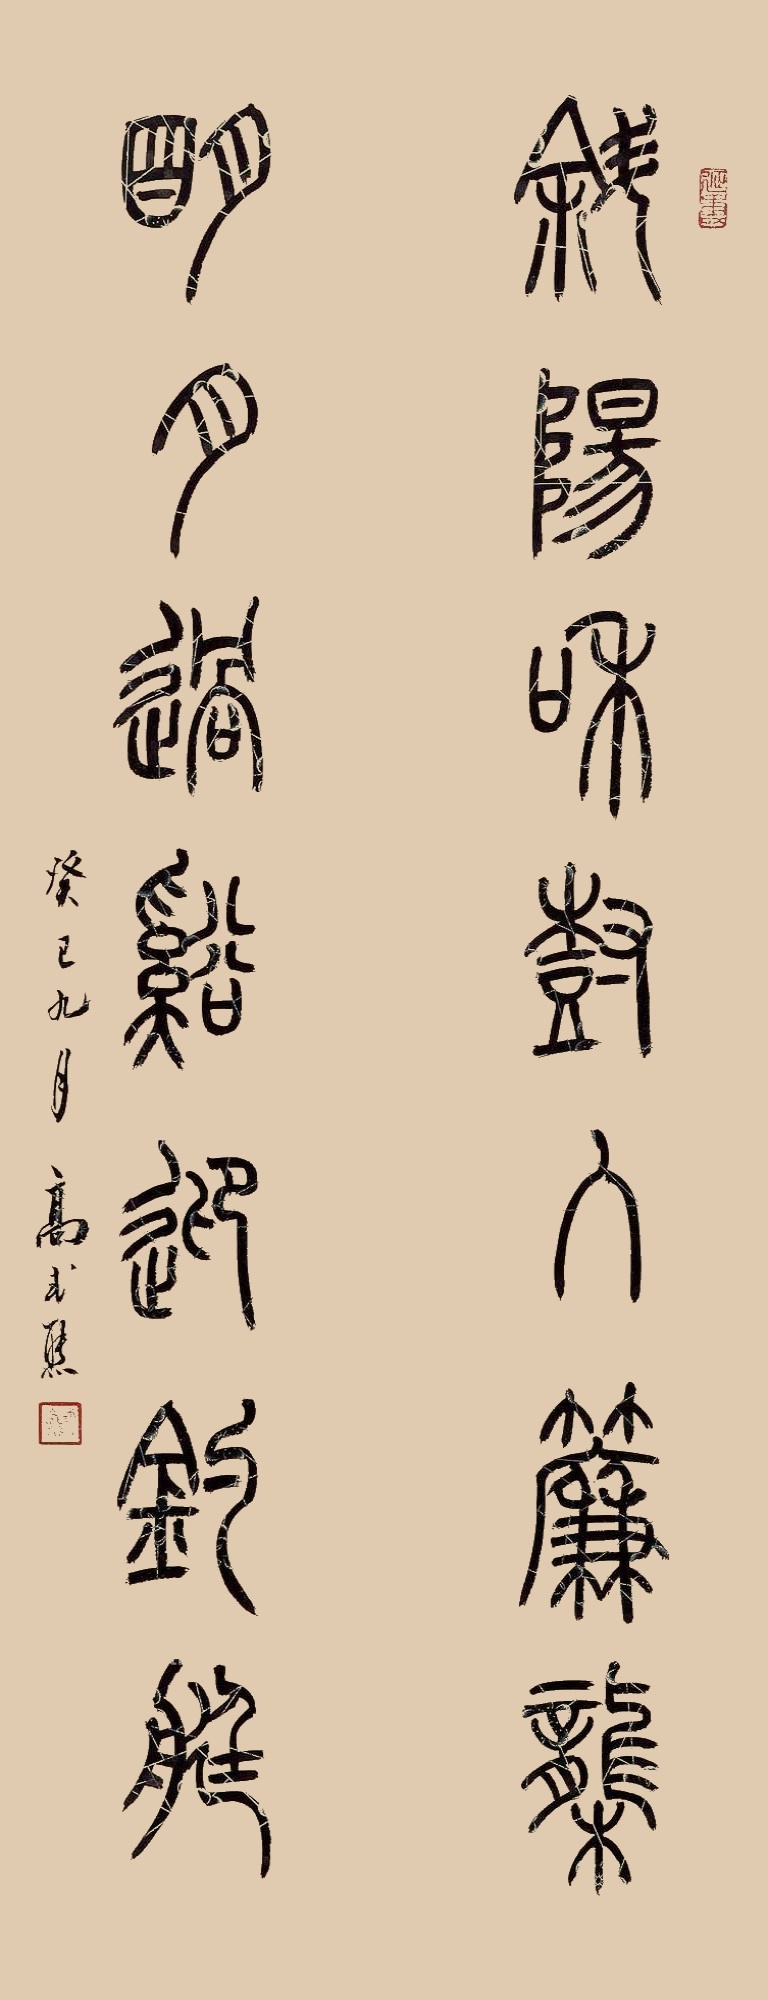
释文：斜阳和树入帘栊，明月过溪近钓艇癸巳九月高式熊。